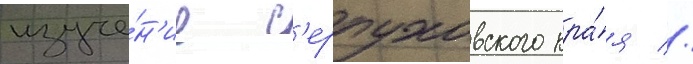
изуче́н'ие с'ерпуховского кра́я //